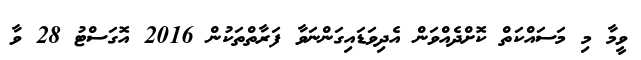
ވީމާ މި މަސައްކަތް ކޮށްދެއްވަން އެދިވަޑައިގަންނަވާ ފަރާތްތަކުން 2016 އޮގަސްޓު 28 ވާ